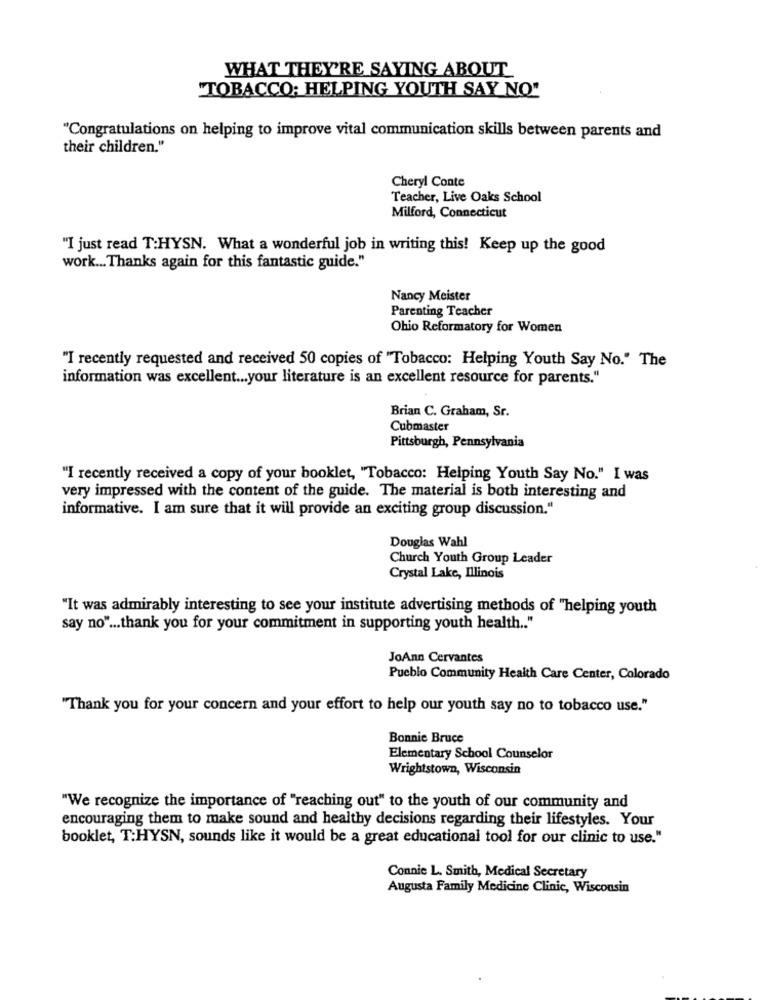
WHAT THEY'RE SAYING ABOUT
"TOBACCO: HELPING YOUTH SAY NO"
"Congratulations on helping to improve vital communication skills between parents and
their children."
Cheryl Conte
Teacher, Live Oaks School
Milford, Connecticut
"I just read T:HYSN. What a wonderful job in writing this! Keep up the good
work ... Thanks again for this fantastic guide."
Nancy Meister
Parenting Teacher
Ohio Reformatory for Women
"I recently requested and received 50 copies of "Tobacco: Helping Youth Say No." The
information was excellent ... your literature is an excellent resource for parents."
Brian C. Graham, Sr.
Cubmaster
Pittsburgh, Pennsylvania
"I recently received a copy of your booklet, "Tobacco: Helping Youth Say No." I was
very impressed with the content of the guide. The material is both interesting and
informative. I am sure that it will provide an exciting group discussion."
Douglas Wahl
Church Youth Group Leader
Crystal Lake, Illinois
"It was admirably interesting to see your institute advertising methods of "helping youth
say no" ... thank you for your commitment in supporting youth health .. "
JoAnn Cervantes
Pueblo Community Health Care Center, Colorado
"Thank you for your concern and your effort to help our youth say no to tobacco use."
Bonnie Bruce
Elementary School Counselor
Wrightstown, Wisconsin
"We recognize the importance of "reaching out" to the youth of our community and
encouraging them to make sound and healthy decisions regarding their lifestyles. Your
booklet, T:HYSN, sounds like it would be a great educational tool for our clinic to use."
Connie L. Smith, Medical Secretary
Augusta Family Medicine Clinic, Wisconsin